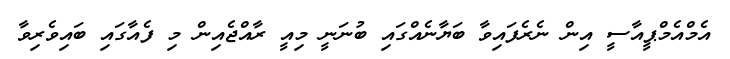
އެމްއެމްޕީއާސީ އިން ނެެރެފައިވާ ބަޔާނެއްގައި ބުނަނީ މިއީ ރާއްޖެއިން މި ފެއާގައި ބައިވެރިވާ